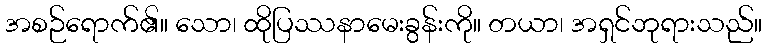
အစဉ်ရောက်၏။ သော၊ ထိုပြဿနာမေးခွန်းကို။ တယာ၊ အရှင်ဘုရားသည်။